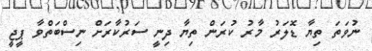
ނުވަތަ ތިޔާ ޑޮލަރު މާރު ކުރަން ތިޔާ ދިނީ ސަރުކާރަށް ނިސްބަތްވާ ޕީޖީ